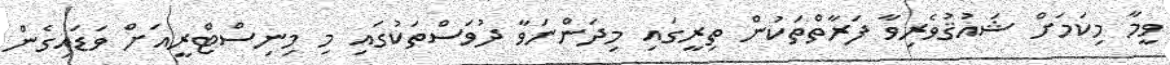
ވީމާ މިކަމަށް ޝައުޤުވެރިވާ ފަރާތްތަކުން ތިރީގައި މިދަންނަވާ ދުވަސްތަކުގައި މި މިނިސްޓްރީއަށް ވަޑައިގެން